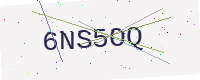
Text: 6NS5OQ